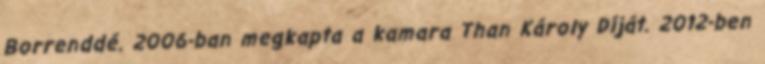
Borrenddé. 2006-ban megkapta a kamara Than Károly Díját. 2012-ben